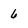
Character: 6